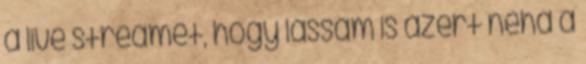
a live streamet, hogy lássam is azért néha a